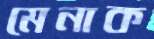
মেনাক